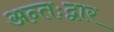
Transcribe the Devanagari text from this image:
अन्तःद्वार